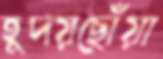
হূদয়ছোঁয়া